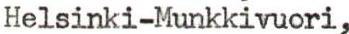
Helsinki-Munkkivuori,